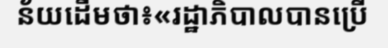
ន័យដើមថា៖«រដ្ឋាភិបាលបានប្រើ